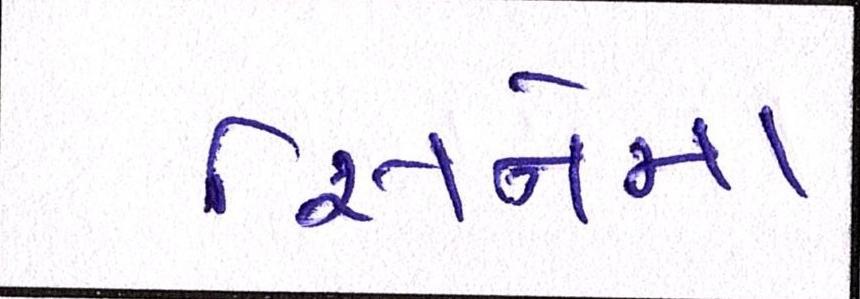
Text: સિનેમા